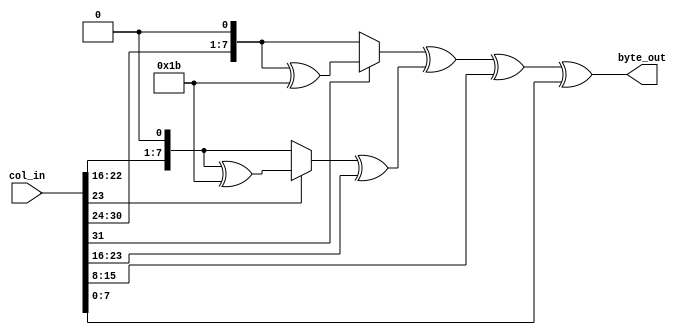
`timescale 1ns / 1ps
//////////////////////////////////////////////////////////////////////////////////
// Company: 
// Engineer: 
// 
// Design Name: 
// Module Name: MixColByte1
// Project Name: 
// Target Devices: 
// Tool Versions: 
// Description: 
// 
// Dependencies: 
// 
// Revision:
// Revision 0.01 - File Created
// Additional Comments:
// 
//////////////////////////////////////////////////////////////////////////////////


module MixColByte1(
    input [31:0] col_in,
    output reg [7:0] byte_out
    );
    
    reg [7:0] b1, b2, b3, b4;
    
    always @(*) begin
        b1 = col_in[31:24] << 1;
        if(col_in[31]) begin
            b1 = b1 ^ 8'h1B;
        end
        
        b2 = col_in[23:16] << 1;
        if(col_in[23]) begin
            b2 = b2 ^ 8'h1B;
        end
        b2 = b2 ^ col_in[23:16];
        
        b3 = col_in[15:8];
        
        b4 = col_in[7:0];
        
        byte_out = b1 ^ b2 ^ b3 ^ b4;
    end
endmodule